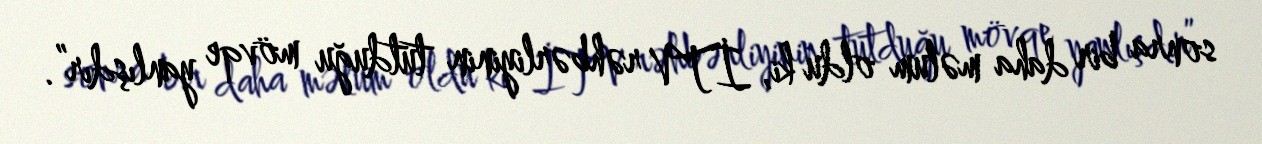
sonra bir daha məlum oldu ki, İTV rəhbərliyinin tutduğu mövqe yanlışdır”.